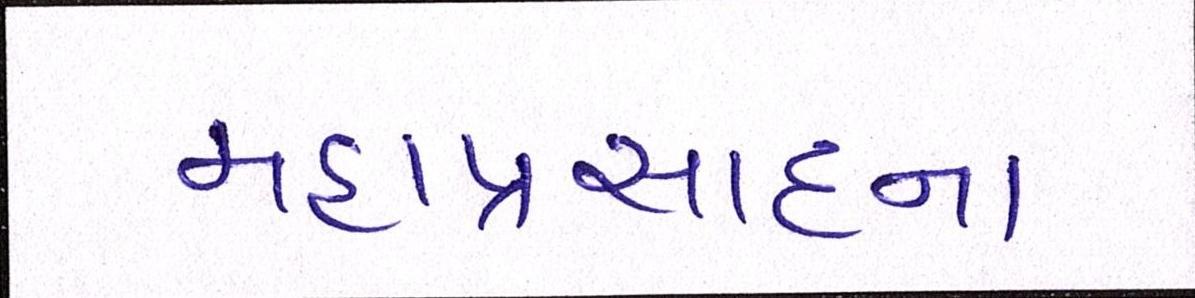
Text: મહાપ્રસાદના